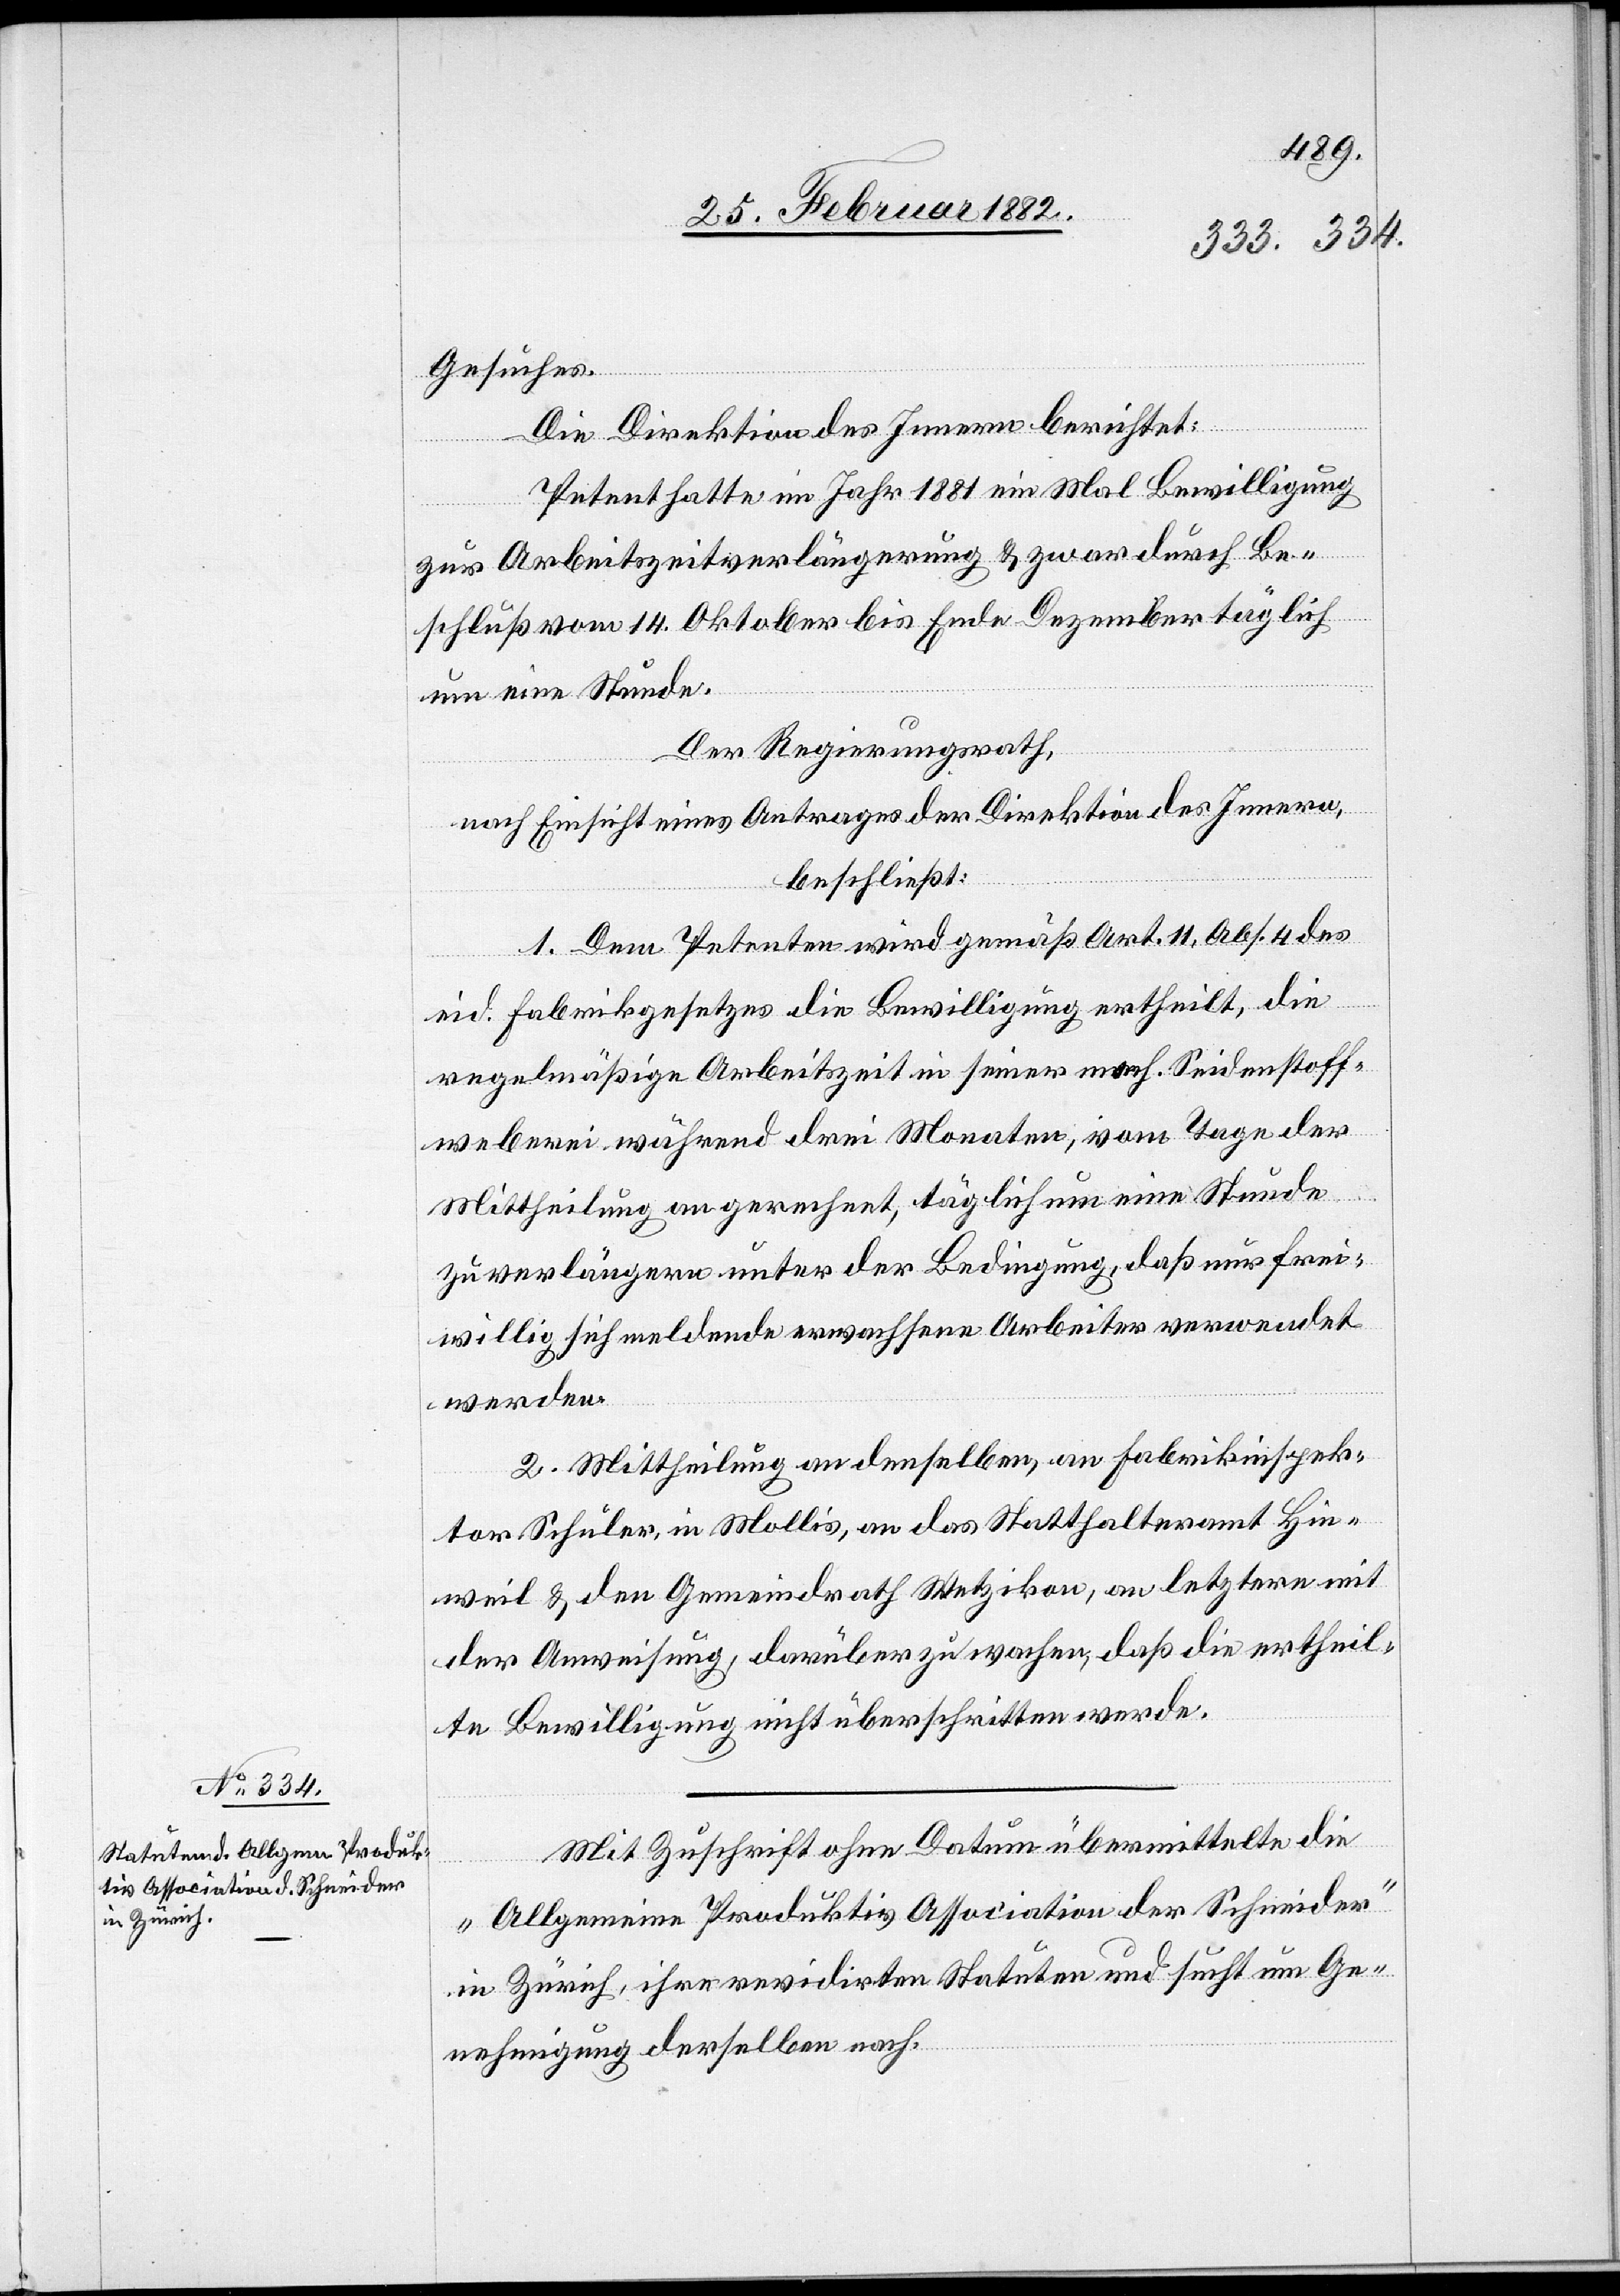
Gesuches.
Die Direktion des Innern berichtet:
Petent hatte im Jahr 1881 ein Mal Bewilligung
zur Arbeitszeitverlängerung & zwar durch Be¬
schluß vom 14. Oktober bis Ende Dezember täglich
um eine Stunde.
Der Regierungsrath,
nach Einsicht eines Antrages der Direktion des Innern,
beschließt:
1. Dem Petenten wird gemäß Art. 11, Abs. 4 des
eid. Fabrikgesetzes die Bewilligung ertheilt, die
regelmäßige Arbeitszeit in seiner mech. Seidenstoff¬
weberei während drei Monaten, vom Tage der
Mittheilung an gerechnet, täglich um eine Stunde
zu verlängern unter der Bedingung, daß nur frei¬
willig sich meldende erwachsene Arbeiter verwendet
werden.
2. Mittheilung an denselben, an Fabrikinspek¬
tor Schuler, in Mollis, an das Statthalteramt Hin¬
weil & den Gemeindrath Wetzikon, an letztern mit
der Anweisung, darüber zu wachen, daß die ertheil¬
te Bewilligung nicht überschritten werde.
Mit Zuschrift ohne Datum übermittelte die
„Allgemeine Produktiv Association der Schneider“
in Zürich, ihre revidirten Statuten und sucht um Ge¬
nehmigung derselben nach.